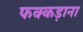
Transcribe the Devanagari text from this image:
फक्‍कड़ाना